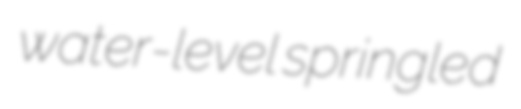
water-level springled